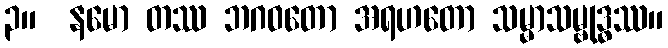
၃။  နမော တဿ ဘဂဝတော အရဟတော သမ္မာသမ္ဗုဒ္ဓဿ။